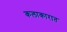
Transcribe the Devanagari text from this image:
कलाकारात